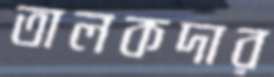
তালকদার